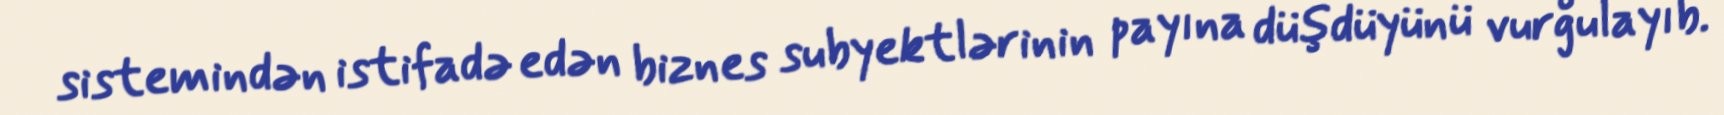
sistemindən istifadə edən biznes subyektlərinin payına düşdüyünü vurğulayıb.